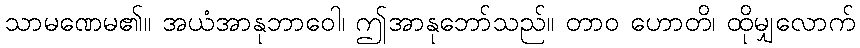
သာမဏေမ၏။ အယံအာနုဘာဝေါ၊ ဤအာနုဘော်သည်။ တာဝ ဟောတိ၊ ထိုမျှလောက်